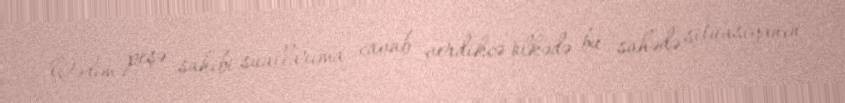
Qədim peşə sahibi suallarıma cavab verdikcə ölkədə bu sahədə situasiyanın